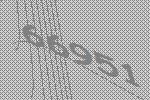
66951